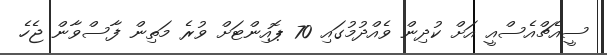
ސީއެޗްއެސްއީ އަށް ކުދިން ވެއްދުމުގައި 70 ޕޮއިންޓަށް ވުރެ މަތިން ފާސްވާން ޖެހެ